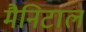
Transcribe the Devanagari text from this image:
मैनिटाल